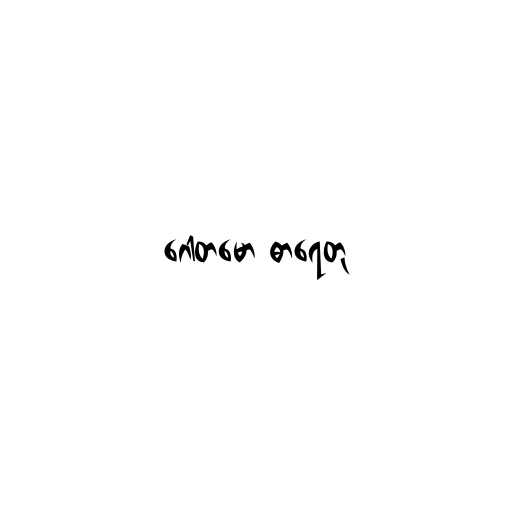
ဂေါတမော ဓာရေတု